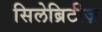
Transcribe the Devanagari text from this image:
सिलेब्रिटीज़